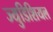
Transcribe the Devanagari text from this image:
ज्युडिशियल